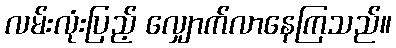
လမ်းလုံးပြည့် လျှောက်လာနေကြသည်။